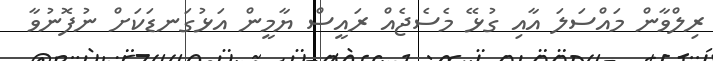
ރިލްވާން މައްސަލަ އާއި ގުޅޭ މެސެޖެއް ރައީސް ޔާމީން އަޅުގަނޑަކަށް ނުފޮނުވާ